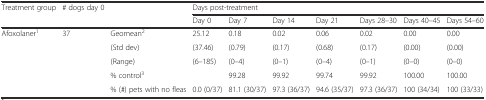
| Treatment group | # dogs day 0 |  | <COLSPAN=7> Days post-treatment |
 |  |  |  | Day 0 | Day 7 | Day 14 | Day 21 | Days 28–30 | Days 40–45 | Days 54–60 |
 | --- | --- | --- | --- | --- | --- | --- | --- | --- | --- |
 | <ROWSPAN=3> Afoxolaner1 | <ROWSPAN=3> 37 | Geomean2 | 25.12 | 0.18 | 0.02 | 0.06 | 0.02 | 0.00 | 0.00 |
 | (Std dev) | (37.46) | (0.79) | (0.17) | (0.68) | (0.17) | (0.00) | (0.00) |
 | (Range) | (6–185) | (0–4) | (0–1) | (0–4) | (0–1) | (0–0) | (0–0) |
 | <COLSPAN=2>  | % control3 |  | 99.28 | 99.92 | 99.74 | 99.92 | 100.00 | 100.00 |
 | <COLSPAN=2>  | % (#) pets with no fleas | 0.0 (0/37) | 81.1 (30/37) | 97.3 (36/37) | 94.6 (35/37) | 97.3 (36/37) | 100 (34/34) | 100 (33/33) |